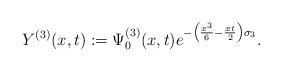
LaTeX: \begin{align*}Y^{(3)}(x,t) := \Psi_{0}^{(3)}(x,t)e^{-\left(\frac{x^3}{6} -\frac{xt}{2}\right)\sigma_3}.\end{align*}